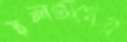
স্থলভাগের